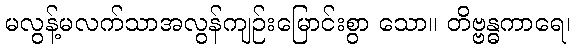
မလွန့်မလက်သာအလွန်ကျဉ်းမြောင်းစွာ သော။ တိဗ္ဗန္ဓကာရေ၊